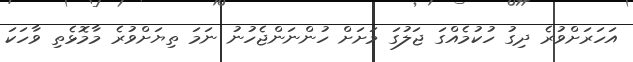
އަހަރަށްވުރެ ދިގު ހުކުމެއްގަ ޖަލުގަ މަށަށް ހުންނަންޖެހުނު ނަމަ ތިޔަށްވުރެ މާމޮޅެތި ވާހަކަ